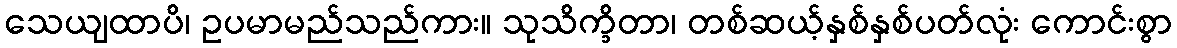
သေယျထာပိ၊ ဥပမာမည်သည်ကား။ သုသိက္ခိတာ၊ တစ်ဆယ့်နှစ်နှစ်ပတ်လုံး ကောင်းစွာ